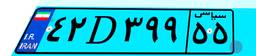
۹۵D۲۷۷۹۵